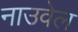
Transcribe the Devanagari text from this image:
नाउवेल